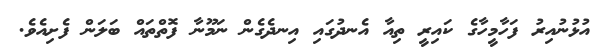
އުޅުނުއިރު ފަހާމީހާގެ ކައިރީ ތިއާ އެނދުގައި އިނދެގެން ނަމޫނާ ފޮތްތައް ބަލަން ފެށިއެވެ.